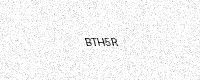
Text: BTH5R